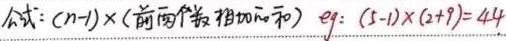
公式：\((n - 1)\times(\text{前两个数相加和})\)。例：\((5 - 1)\times(2 + 9)= 44\)